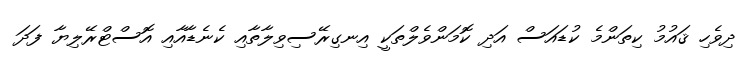
ދިވެހި ޤައުމު ކިތަންމެ ކުޑައަސް އަދި ކޮމަންވެލްތަކީ އިނގިރޭސިވިލާތާއި ކެނެޑާއާއި އޮސްޓްރޭލިޔާ ފަދަ